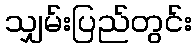
သျှမ်းပြည်တွင်း